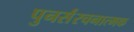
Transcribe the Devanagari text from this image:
पुनर्संरचनात्मक